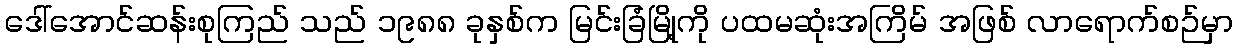
ဒေါ်အောင်ဆန်းစုကြည် သည် ၁၉၈၈ ခုနှစ်က မြင်းခြံမြို့ကို ပထမဆုံးအကြိမ် အဖြစ် လာရောက်စဉ်မှာ